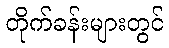
တိုက်ခန်းများတွင်